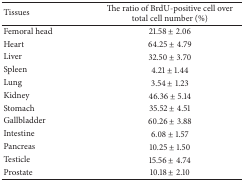
<table><thead><tr><td><b>Tissues</b></td><td><b>The ratio of BrdU-positive cell over total cell number (%)</b></td></tr></thead><tbody><tr><td>Femoral head</td><td>21.58 ± 2.06 </td></tr><tr><td>Heart</td><td>64.25 ± 4.79</td></tr><tr><td>Liver</td><td>32.50 ± 3.70</td></tr><tr><td>Spleen</td><td>4.21 ± 1.44</td></tr><tr><td>Lung</td><td>3.54 ± 1.23</td></tr><tr><td>Kidney</td><td>46.36 ± 5.14</td></tr><tr><td>Stomach</td><td>35.52 ± 4.51</td></tr><tr><td>Gallbladder</td><td>60.26 ± 3.88</td></tr><tr><td>Intestine</td><td>6.08 ± 1.57</td></tr><tr><td>Pancreas</td><td>10.25 ± 1.50</td></tr><tr><td>Testicle</td><td>15.56 ± 4.74</td></tr><tr><td>Prostate</td><td>10.18 ± 2.10</td></tr></tbody></table>